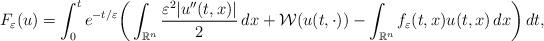
LaTeX: \begin{align*} F_\varepsilon(u)=\int_0^te^{-t/\varepsilon}\bigg(\int_{\mathbb{R}^n}\frac{\varepsilon^2|u''(t,x)|}{2}\,dx+\mathcal{W}(u(t,\cdot))-\int_{\mathbb{R}^n}f_\varepsilon(t,x)u(t,x)\,dx\bigg)\,dt,\end{align*}